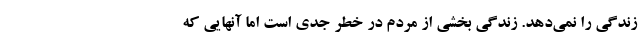
زندگی را نمی‌دهد. زندگی بخشی از مردم در خطر جدی است اما آنهایی که